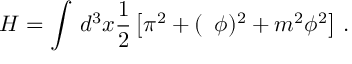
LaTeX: H = \int \, d ^ { 3 } x \frac 1 2 \left[ \pi ^ { 2 } + ( \, \, \, \phi ) ^ { 2 } + m ^ { 2 } \phi ^ { 2 } \right] \, .